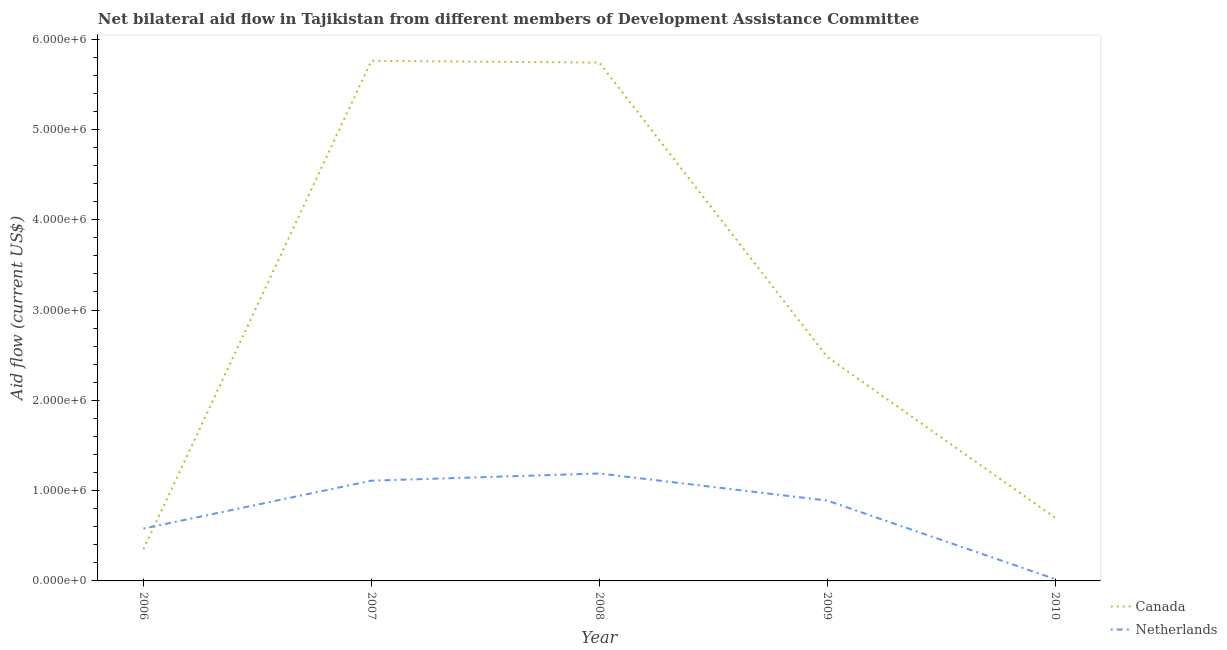
| Year | Canada | Netherlands |
 | --- | --- | --- |
 | 2006 | 3.5e+05 | 5.8e+05 |
 | 2007 | 5.76e+06 | 1.11e+06 |
 | 2008 | 5.74e+06 | 1.19e+06 |
 | 2009 | 2.48e+06 | 8.9e+05 |
 | 2010 | 7e+05 | 2e+04 |